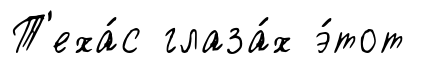
Т'еха́с глаза́х э́тот